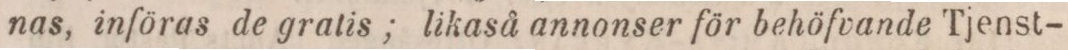
nas, införas de gratis; likaså annonser för behöfvande Tjenst-